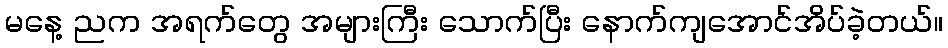
မနေ့ ညက အရက်တွေ အများကြီး သောက်ပြီး နောက်ကျအောင်အိပ်ခဲ့တယ်။